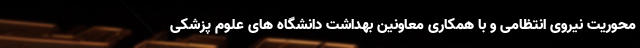
محوریت نیروی انتظامی و با همکاری معاونین بهداشت دانشگاه های علوم پزشکی